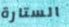
الستارة